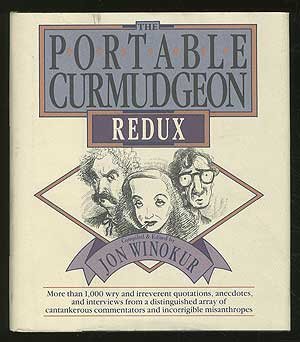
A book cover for The Portable Curmudgeon Redux; Reference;